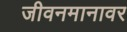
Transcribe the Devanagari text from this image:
जीवनमानावर